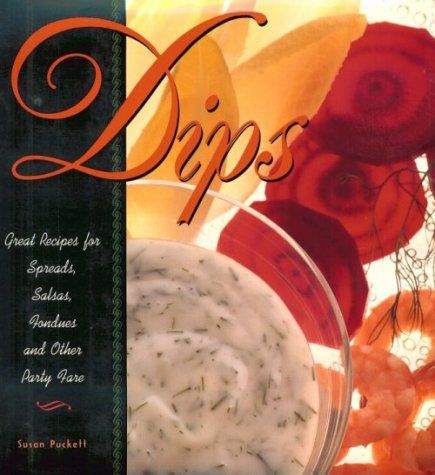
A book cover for Dips: Great Recipes for Spreads, Salsas, Fondues and Other Party Fare; Susan Puckett; Cookbooks, Food & Wine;